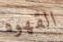
القهوه